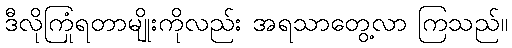
ဒီလိုကြုံရတာမျိုးကိုလည်း အရသာတွေ့လာ ကြသည်။